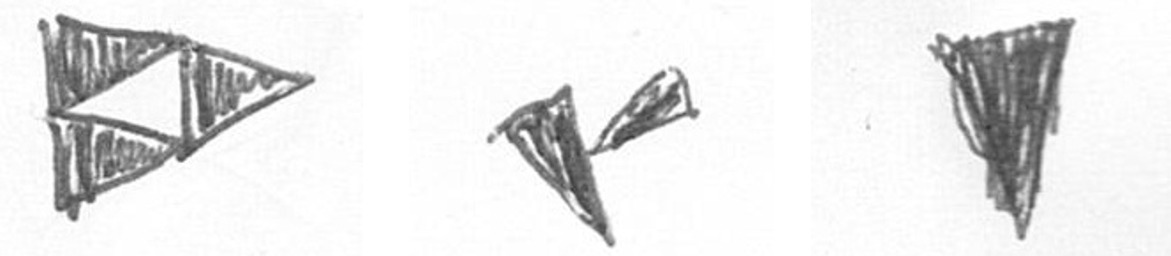
K F J